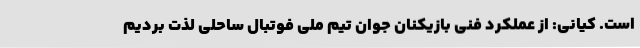
است. کیانی: از عملکرد فنی بازیکنان جوان تیم ملی فوتبال ساحلی لذت بردیم